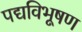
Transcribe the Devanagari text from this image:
पद्यविभूषण